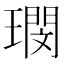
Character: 𭹺